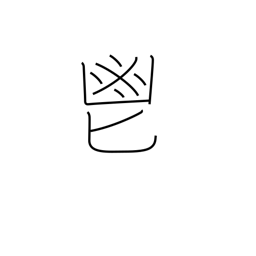
Meaning: fragrant herbs